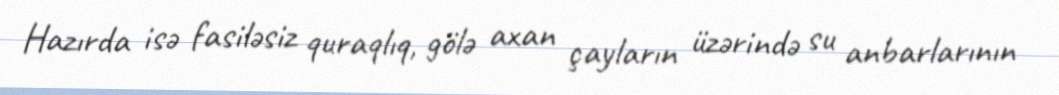
Hazırda isə fasiləsiz quraqlıq, gölə axan çayların üzərində su anbarlarının